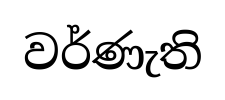
වර්ණැති